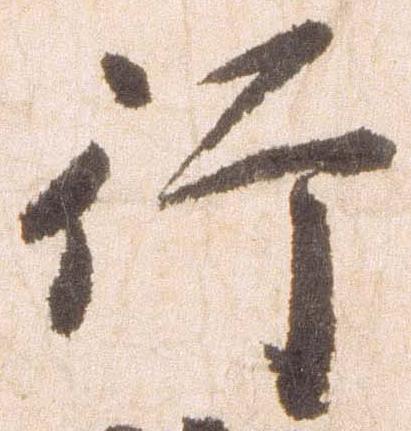
行